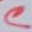
Text: C